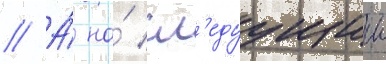
// А́ на́ сл'едуущии